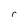
Character: r